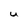
Character: U